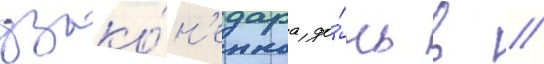
узако́н'еннаа до́чь в //